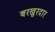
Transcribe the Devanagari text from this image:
बरखुरदार